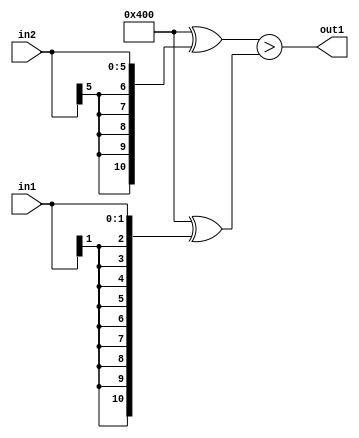
`timescale 1ps / 1ps
/*****************************************************************************
    Verilog RTL Description
    
    
    Created by: Stratus DpOpt 21.05.01 
*******************************************************************************/

module SobelFilter_GreaterThan_6Sx2S_1U_1 (
	in2,
	in1,
	out1
	); /* architecture "behavioural" */ 
input [5:0] in2;
input [1:0] in1;
output  out1;
wire  asc001;

assign asc001 = ((11'B10000000000 ^ {{5{in2[5]}}, in2})>(11'B10000000000 ^ {{9{in1[1]}}, in1}));

assign out1 = asc001;
endmodule

/* CADENCE  ubb2Sgs= : u9/ySxbfrwZIxEzHVQQV8Q== ** DO NOT EDIT THIS LINE ******/